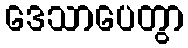
ဒေသာပေတွာ